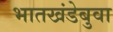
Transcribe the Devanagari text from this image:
भातखंडेबुवा